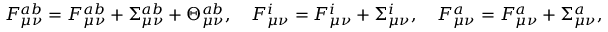
{ \cal F } _ { \mu \nu } ^ { a b } = F _ { \mu \nu } ^ { a b } + \Sigma _ { \mu \nu } ^ { a b } + \Theta _ { \mu \nu } ^ { a b } , \ \ \ { \cal F } _ { \mu \nu } ^ { i } = F _ { \mu \nu } ^ { i } + \Sigma _ { \mu \nu } ^ { i } , \ \ \ { \cal F } _ { \mu \nu } ^ { a } = F _ { \mu \nu } ^ { a } + \Sigma _ { \mu \nu } ^ { a } ,